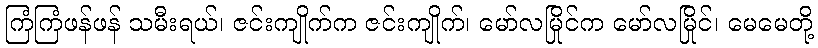
ကြံကြံဖန်ဖန် သမီးရယ်၊ ဇင်းကျိုက်က ဇင်းကျိုက်၊ မော်လမြိုင်က မော်လမြိုင်၊ မေမေတို့